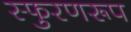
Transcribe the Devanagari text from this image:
स्फुरणरूप